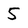
Character: 5